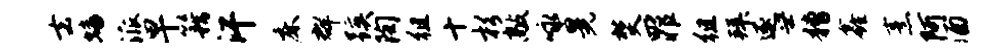
去蟠派早籍汗床群蹊陶徂十杉敲咏晃焚罪徂拜逐世糟鑫烹阿酒